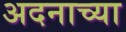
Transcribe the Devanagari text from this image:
अदनाच्या